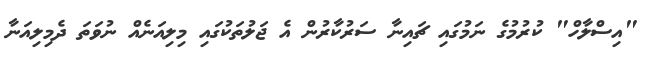
"އިސްލާހް" ކުރުމުގެ ނަމުގައި ޗައިނާ ސަރުކާރުން އެ ޖަލުތަކުގައި މިލިއަނެއް ނުވަތަ ދެމިލިއަނާ